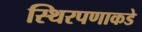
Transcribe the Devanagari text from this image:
स्थिरपणाकडे